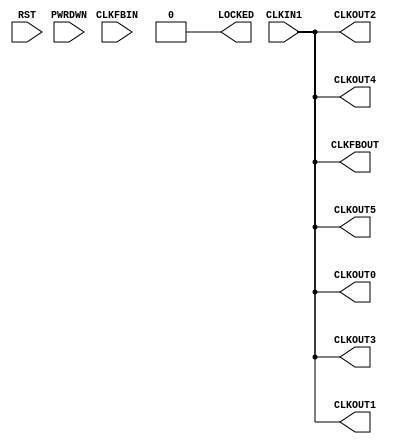
module PLLE2_BASE_2 (
   LOCKED, CLKOUT0, CLKOUT1, CLKOUT2, CLKOUT3, CLKOUT4, CLKOUT5,
   CLKFBOUT,
   CLKIN1, RST, PWRDWN, CLKFBIN
   );
   parameter BANDWIDTH = 0;
   parameter CLKFBOUT_MULT = 0;
   parameter CLKFBOUT_PHASE = 0;
   parameter CLKIN1_PERIOD = 0;
   parameter CLKOUT0_DIVIDE = 0;
   parameter CLKOUT0_DUTY_CYCLE = 0;
   parameter CLKOUT0_PHASE = 0;
   parameter CLKOUT1_DIVIDE = 0;
   parameter CLKOUT1_DUTY_CYCLE = 0;
   parameter CLKOUT1_PHASE = 0;
   parameter CLKOUT2_DIVIDE = 0;
   parameter CLKOUT2_DUTY_CYCLE = 0;
   parameter CLKOUT2_PHASE = 0;
   parameter CLKOUT3_DIVIDE = 0;
   parameter CLKOUT3_DUTY_CYCLE = 0;
   parameter CLKOUT3_PHASE = 0;
   parameter CLKOUT4_DIVIDE = 0;
   parameter CLKOUT4_DUTY_CYCLE = 0;
   parameter CLKOUT4_PHASE = 0;
   parameter CLKOUT5_DIVIDE = 0;
   parameter CLKOUT5_DUTY_CYCLE = 0;
   parameter CLKOUT5_PHASE = 0;
   parameter DIVCLK_DIVIDE = 0;
   parameter REF_JITTER1 = 0;
   parameter STARTUP_WAIT = 0;
   parameter IOSTANDARD = 0;
   input CLKIN1;
   input RST;
   input PWRDWN;
   input CLKFBIN;
   output LOCKED;
   output CLKOUT0;
   output CLKOUT1;
   output CLKOUT2;
   output CLKOUT3;
   output CLKOUT4;
   output CLKOUT5;
   output CLKFBOUT;
   assign CLKFBOUT=CLKIN1;
   assign LOCKED=1'b0;
   assign CLKOUT0=CLKIN1;
   assign CLKOUT1=CLKIN1;
   assign CLKOUT2=CLKIN1;
   assign CLKOUT3=CLKIN1;
   assign CLKOUT4=CLKIN1;
   assign CLKOUT5=CLKIN1;
   assign CLKFBOUT=CLKIN1;
endmodule